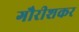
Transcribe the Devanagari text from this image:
गौरीशकर